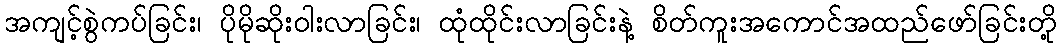
အကျင့်စွဲကပ်ခြင်း၊ ပိုမိုဆိုးဝါးလာခြင်း၊ ထုံထိုင်းလာခြင်းနဲ့ စိတ်ကူးအကောင်အထည်ဖော်ခြင်းတို့